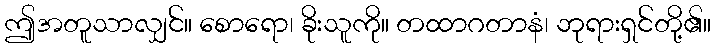
ဤအတူသာလျှင်။ စောရော၊ ခိုးသူကို။ တထာဂတာနံ၊ ဘုရားရှင်တို့၏။